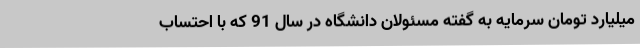
میلیارد تومان سرمایه به گفته مسئولان دانشگاه در سال 91 که با احتساب